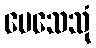
ပေသေသုံ